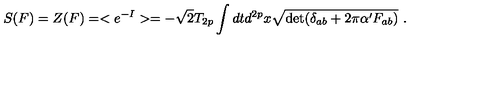
S ( F ) = Z ( F ) = < e ^ { - I } > = - \sqrt { 2 } T _ { 2 p } \int d t d ^ { 2 p } x \sqrt { \det ( \delta _ { a b } + 2 \pi \alpha ^ { \prime } F _ { a b } ) } \ .